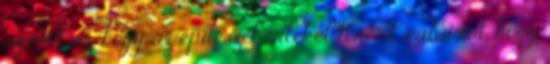
szerint az, hogy az építészet értéket teremt, valamint, hogy